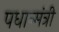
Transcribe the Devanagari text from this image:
पधान्मंत्री